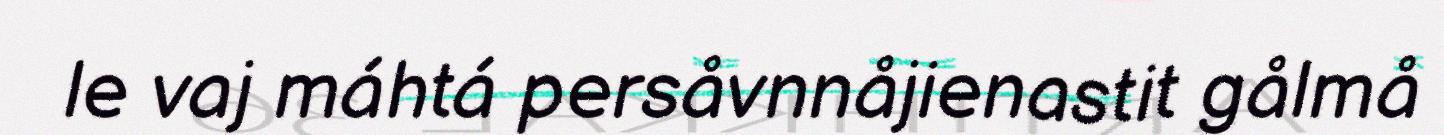
le vaj máhtá persåvnnåjienastit gålmå